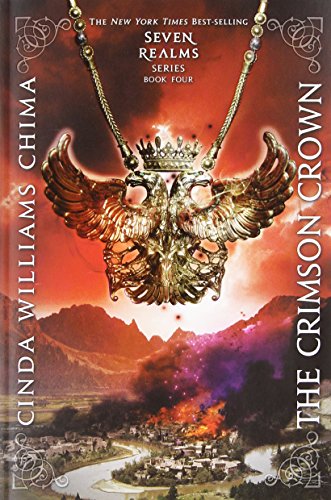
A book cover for The Crimson Crown (A Seven Realms Novel); Cinda Williams Chima; Teen & Young Adult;